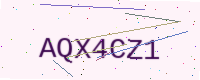
Text: AQX4CZ1